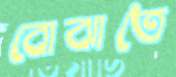
বোঝাতে